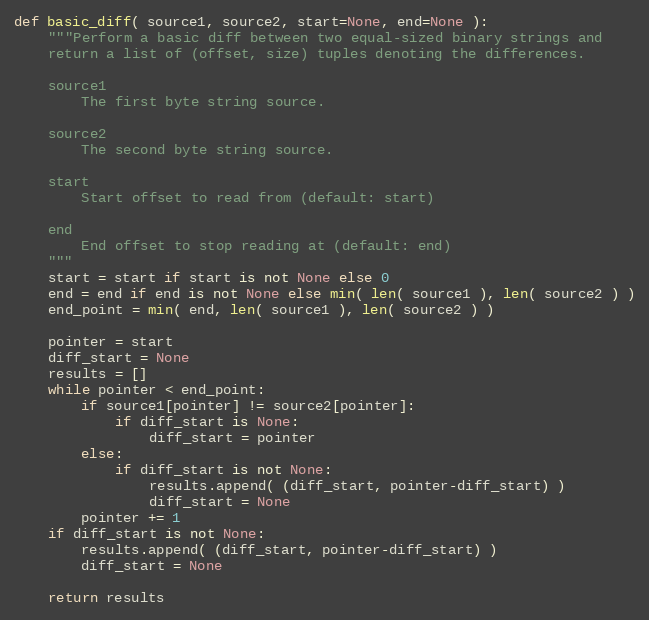
Language: Python
def basic_diff( source1, source2, start=None, end=None ):
    """Perform a basic diff between two equal-sized binary strings and
    return a list of (offset, size) tuples denoting the differences.

    source1
        The first byte string source.

    source2
        The second byte string source.

    start
        Start offset to read from (default: start)

    end
        End offset to stop reading at (default: end)
    """
    start = start if start is not None else 0
    end = end if end is not None else min( len( source1 ), len( source2 ) )
    end_point = min( end, len( source1 ), len( source2 ) )

    pointer = start
    diff_start = None
    results = []
    while pointer < end_point:
        if source1[pointer] != source2[pointer]:
            if diff_start is None:
                diff_start = pointer
        else:
            if diff_start is not None:
                results.append( (diff_start, pointer-diff_start) )
                diff_start = None
        pointer += 1
    if diff_start is not None:
        results.append( (diff_start, pointer-diff_start) )
        diff_start = None

    return results